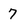
Character: 7